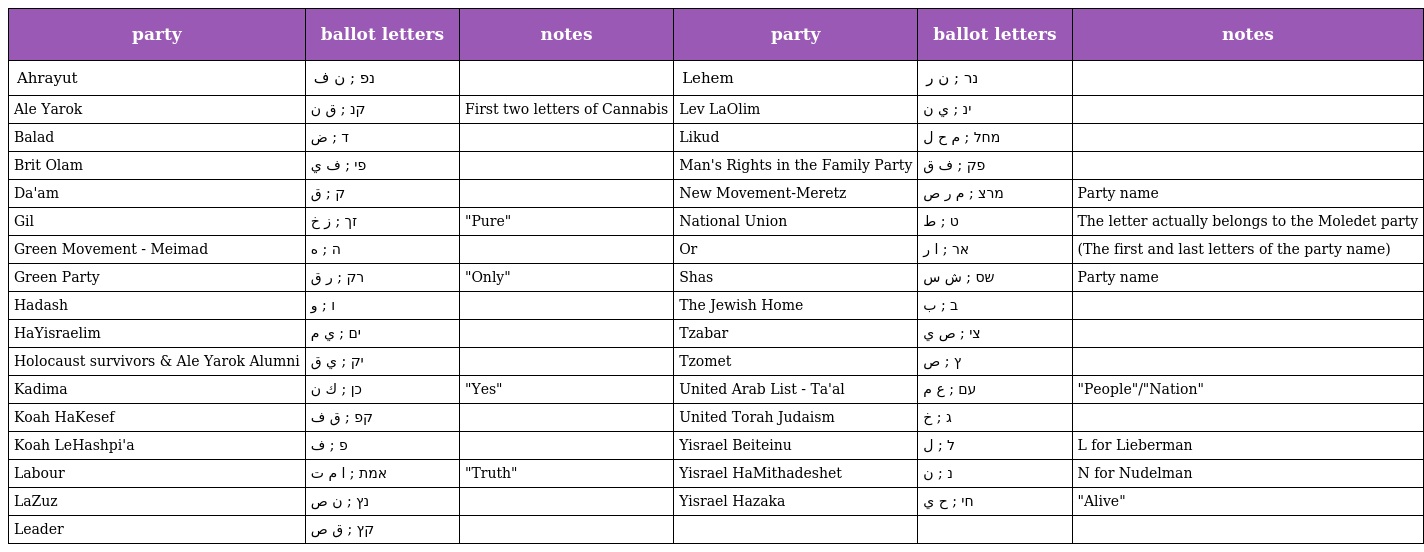
| party | ballot letters | notes | party | ballot letters | notes |
 | --- | --- | --- | --- | --- | --- |
 | Ahrayut | נפ ; ن ف |  | Lehem | נר ; ن ر |  |
 | Ale Yarok | קנ ; ق ن | First two letters of Cannabis | Lev LaOlim | ינ ; ي ن |  |
 | Balad | ד ; ض |  | Likud | מחל ; م ح ل |  |
 | Brit Olam | פי ; ف ي |  | Man's Rights in the Family Party | פק ; ف ق |  |
 | Da'am | ק ; ق |  | New Movement-Meretz | מרצ ; م ر ص | Party name |
 | Gil | זך ; ز خ | "Pure" | National Union | ט ; ط | The letter actually belongs to the Moledet party |
 | Green Movement - Meimad | ה ; ه |  | Or | אר ; ا ر | (The first and last letters of the party name) |
 | Green Party | רק ; ر ق | "Only" | Shas | שס ; ش س | Party name |
 | Hadash | ו ; و |  | The Jewish Home | ב ; ب |  |
 | HaYisraelim | ים ; ي م |  | Tzabar | צי ; ص ي |  |
 | Holocaust survivors & Ale Yarok Alumni | יק ; ي ق |  | Tzomet | ץ ; ص |  |
 | Kadima | כן ; ك ن | "Yes" | United Arab List - Ta'al | עם ; ع م | "People"/"Nation" |
 | Koah HaKesef | קפ ; ق ف |  | United Torah Judaism | ג ; خ |  |
 | Koah LeHashpi'a | פ ; ف |  | Yisrael Beiteinu | ל ; ل | L for Lieberman |
 | Labour | אמת ; ا م ت | "Truth" | Yisrael HaMithadeshet | נ ; ن | N for Nudelman |
 | LaZuz | נץ ; ن ص |  | Yisrael Hazaka | חי ; ح ي | "Alive" |
 | Leader | קץ ; ق ص |  |  |  |  |